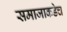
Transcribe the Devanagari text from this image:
समाजाकडेच